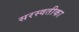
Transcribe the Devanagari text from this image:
सरस्वतीका